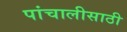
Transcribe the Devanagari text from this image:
पांचालीसाठी